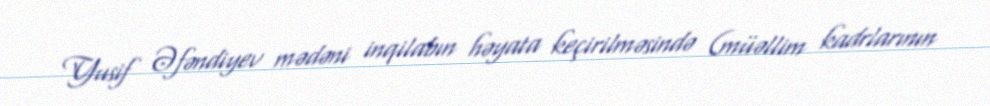
Yusif Əfəndiyev mədəni inqilabın həyata keçirilməsində (müəllim kadrlarının